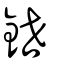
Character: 鉪